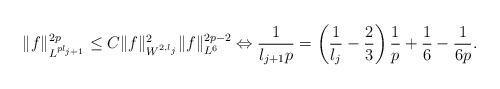
LaTeX: \begin{align*}\|f\|_{L^{p l_{j+1}}}^{2p} \leq C \|f\|_{W^{2,l_{j}}}^{2} \|f\|_{L^{6}}^{2p-2} \Leftrightarrow \frac{1}{l_{j+1}p} =\left ( \frac{1}{l_{j}} - \frac{2}{3} \right )\frac{1}{p} + \frac{1}{6} - \frac{1}{6p}.\end{align*}